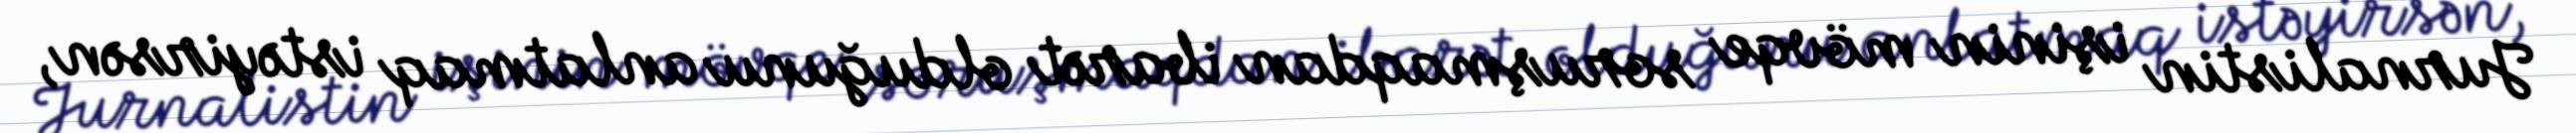
Jurnalistin işinin mövqe soruşmaqdan ibarət olduğunu anlatmaq istəyirsən,